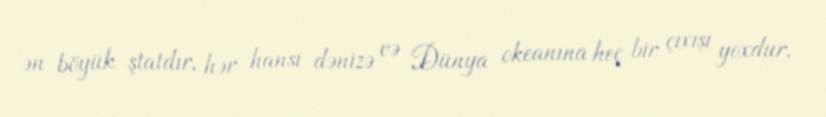
ən böyük ştatdır, hər hansı dənizə və Dünya okeanına heç bir çıxışı yoxdur.